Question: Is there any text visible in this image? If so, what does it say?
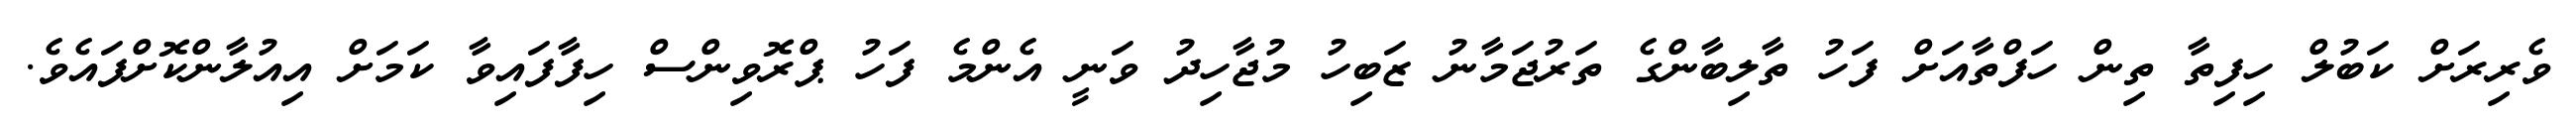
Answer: ވެރިރަށް ކަބުލް ހިފިތާ ތިން ހަފްތާއަށް ފަހު ތާލިބާންގެ ތަރުޖަމާނު ޒަބިހު މުޖާހިދު ވަނީ އެންމެ ފަހު ޕްރޮވިންސް ހިފާފައިވާ ކަމަށް އިއުލާންކޮށްފައެވެ.